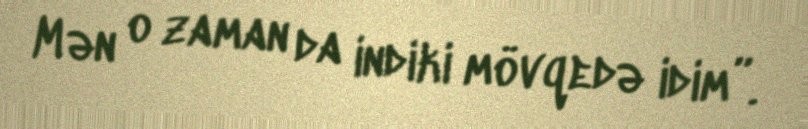
Mən o zaman da indiki mövqedə idim”.